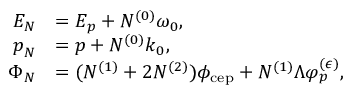
\begin{array} { r l } { E _ { N } } & { = E _ { \boldsymbol { p } } + N ^ { ( 0 ) } \omega _ { 0 } , } \\ { \boldsymbol { p } _ { N } } & { = \boldsymbol { p } + N ^ { ( 0 ) } \boldsymbol { k } _ { 0 } , } \\ { \Phi _ { N } } & { = ( N ^ { ( 1 ) } + 2 N ^ { ( 2 ) } ) \phi _ { \mathrm { c e p } } + N ^ { ( 1 ) } \Lambda \varphi _ { p } ^ { ( \epsilon ) } , } \end{array}